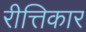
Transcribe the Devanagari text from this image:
रीत्तिकार